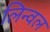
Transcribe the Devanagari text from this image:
लिन्वल